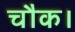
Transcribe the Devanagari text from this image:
चौक।